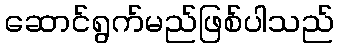
ဆောင်ရွက်မည်ဖြစ်ပါသည်